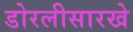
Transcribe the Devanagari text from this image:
डोरलीसारखे